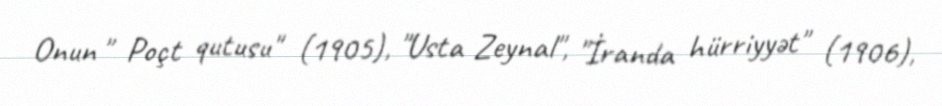
Onun " Poçt qutusu" (1905), "Usta Zeynal", "İranda hürriyyət" (1906),